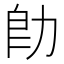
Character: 𪟙